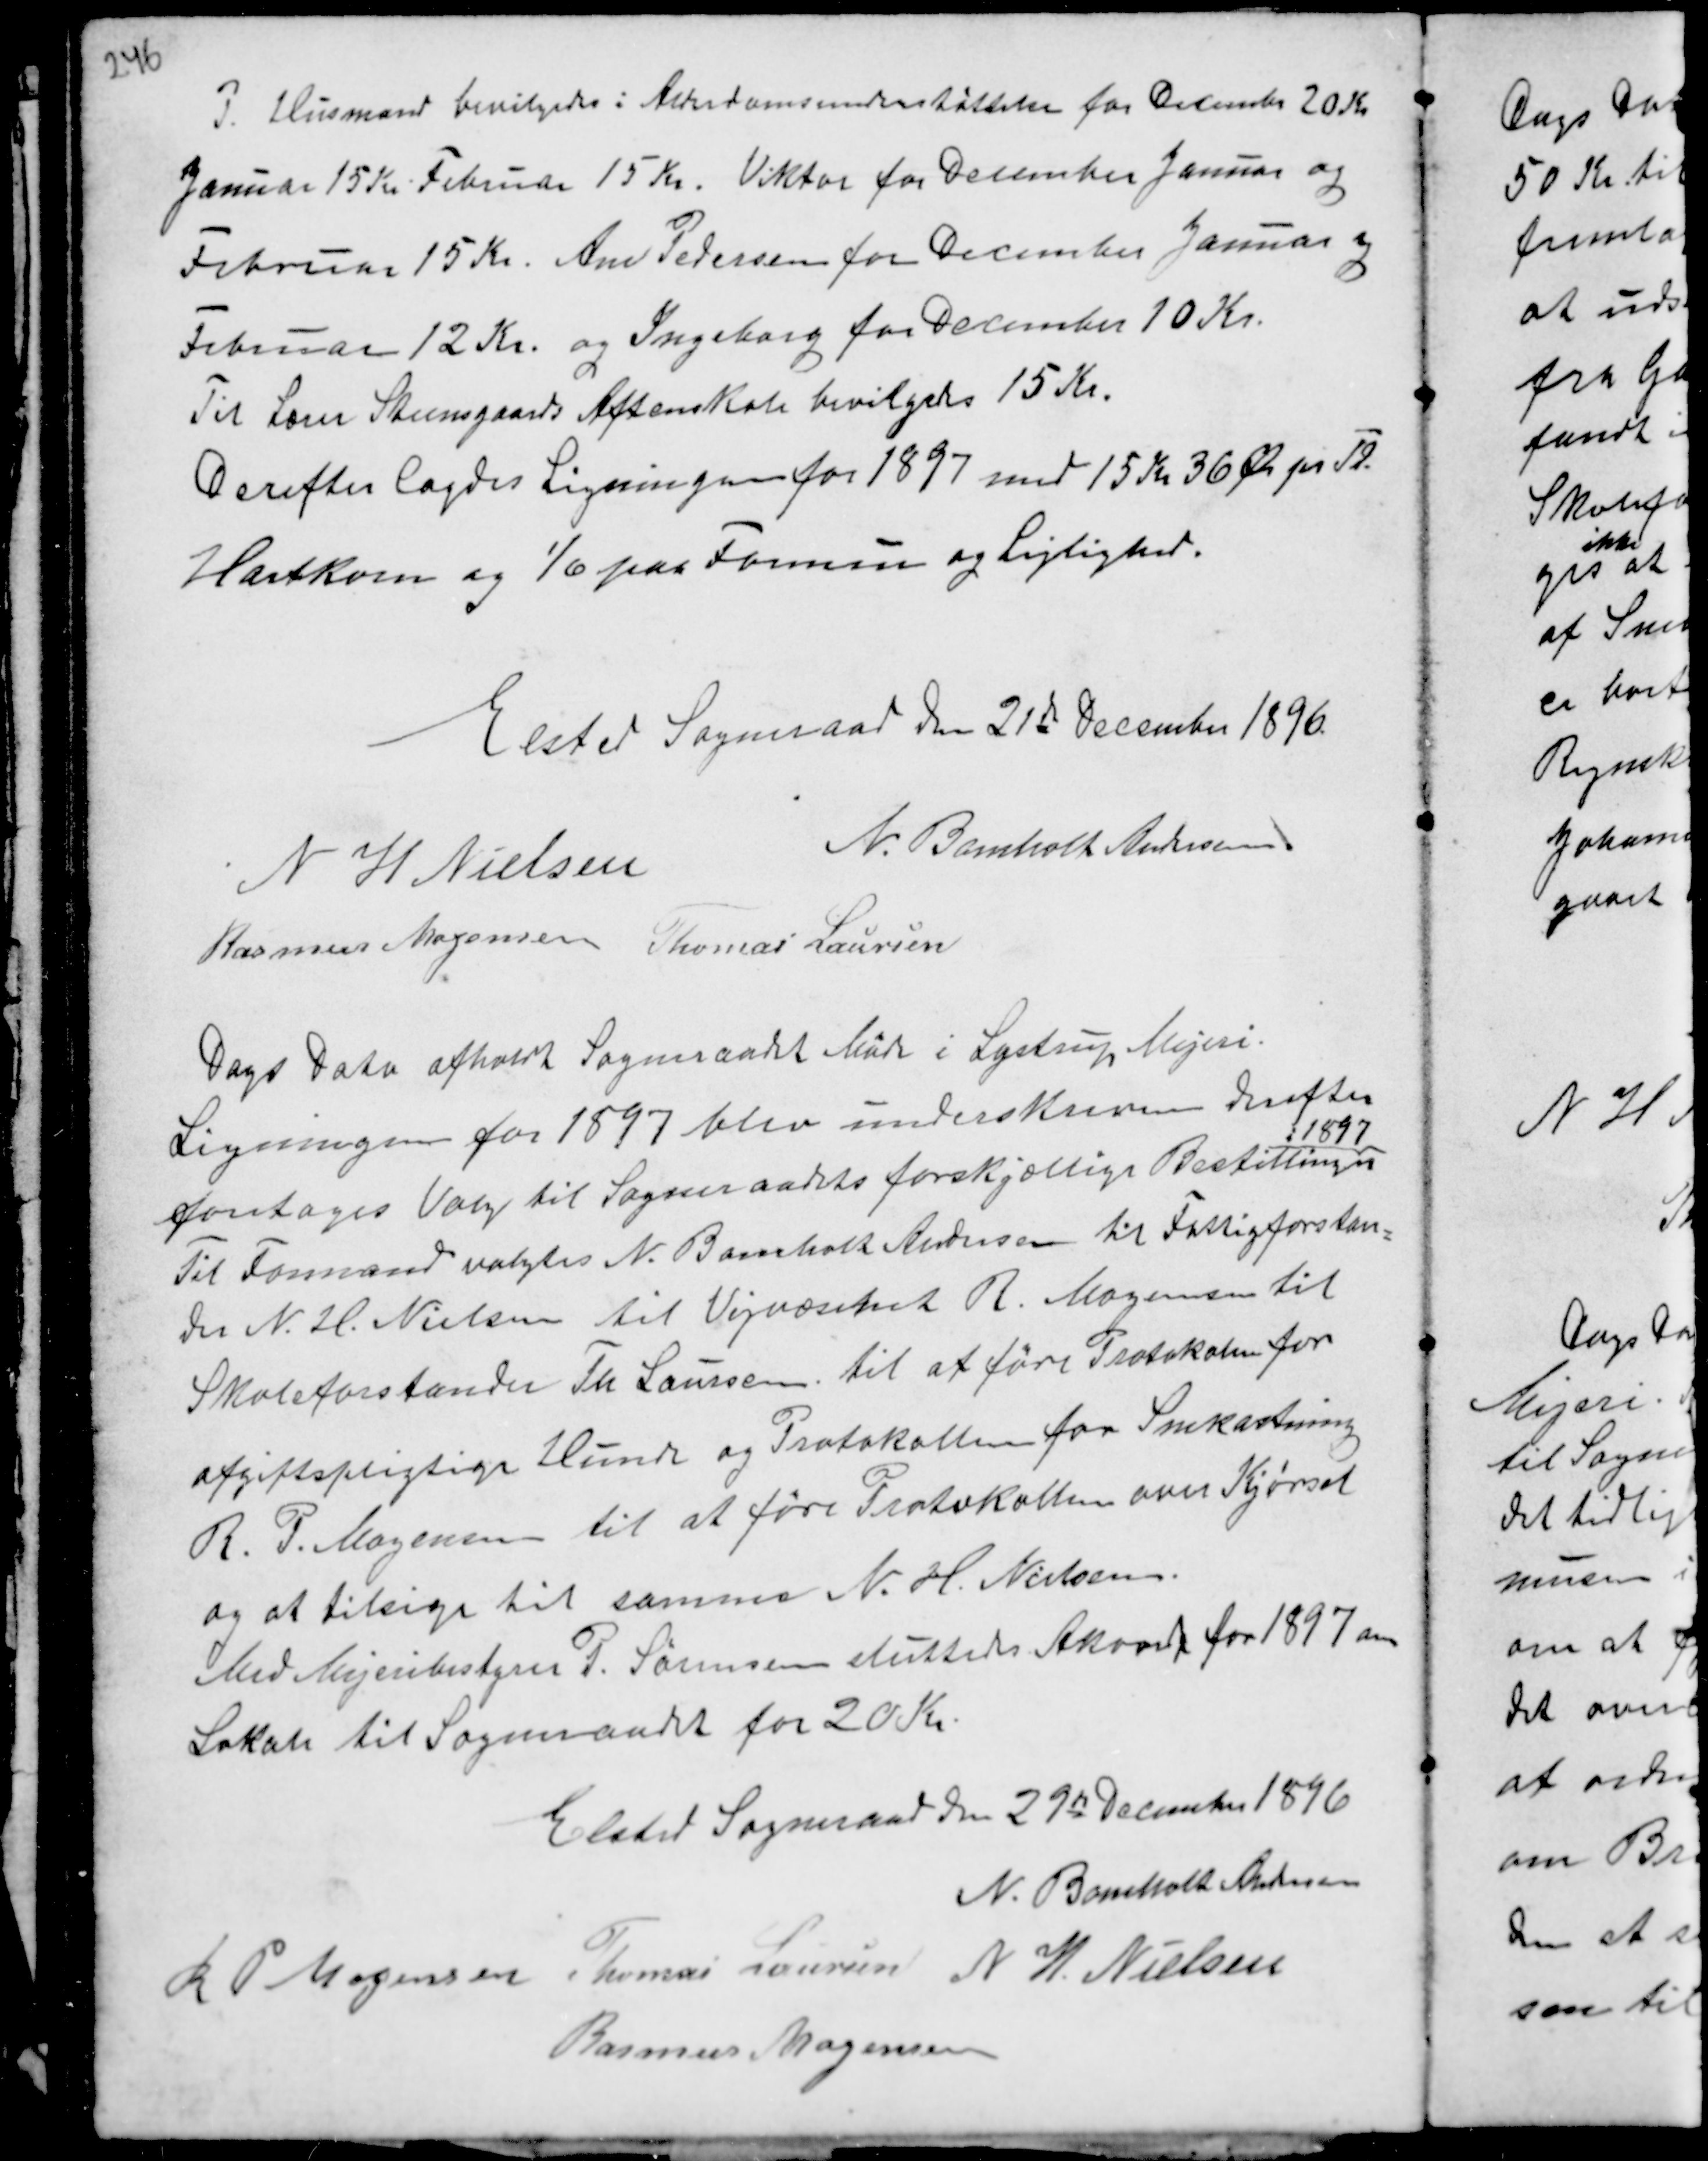
Transskription:
P Husmand bevilgedes i Alderdomsunderstøttelse for Decembr 20 Kr
Januar 15 Kr Februar 15 Kr. Viktor for December Januar og
Februar 15 Kr. Ane Pedersen for December Januar og
Februar 12 Kr. og Ingeborg for December 10 Kr.
Til Lærer Steensgaards Aftenskole bevilgedes 15 Kr.
Derefter lagdes Ligningen for 1897 med 15 Kr 36 Ør pr Td.
Hartkorn og 1/6 paa Formue og Lejlighed.

Elsted Sogneraad den 21de December 1896.
N H Nielsen
N. Bomholt Andersen
Rasmus Mogensen Thomas Laursen

Dags Dato afholdt Sogneraadet Møde i Lystrup Mejeri.
Ligningen for 1897 blev underskreven derefter
foretoges Valg til Sogneraadets forskjellige Bestillinger
1897
Til Formand valgtes N. Bomholt Andersen til Fattigforstan-
der N. H. Nielsen til Vejvæsenet R. Mogensen til
Skoleforstander Th Laursen til at føre Protokolen for
afgiftspligtige Hunde og Protokollen for Snekastning
R. P. Mogensen til at føre Protokollen over Kjørsel
og at tilsige til samme N. H. Nielsen.
Med Mejeribestyrer P. Sørensen sluttedes Akord for 1897 om
Lokale til Sogneraadet for 20 Kr.

Elsted Sogneraad den 29de December 1896
N. Bomholt Andersen
R P Mogensen Thomas Laursen N H. Nielsen
Rasmus Mogensen